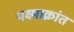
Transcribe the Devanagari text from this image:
यक्ष्माक्रांत